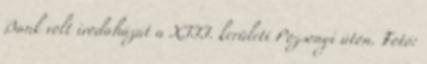
Bank volt irodaházát a XIII. kerületi Pozsonyi úton. Fotó: